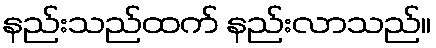
နည်းသည်ထက် နည်းလာသည်။